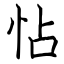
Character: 怗